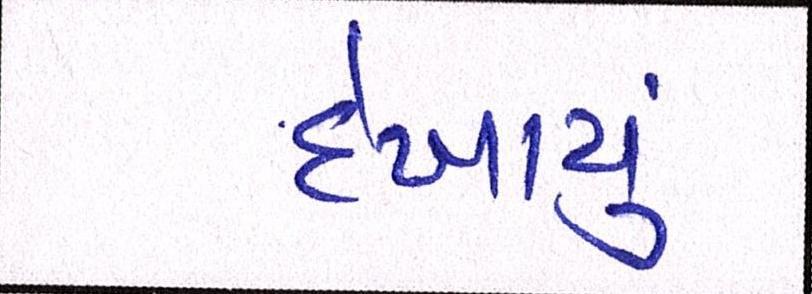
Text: દેખાયું